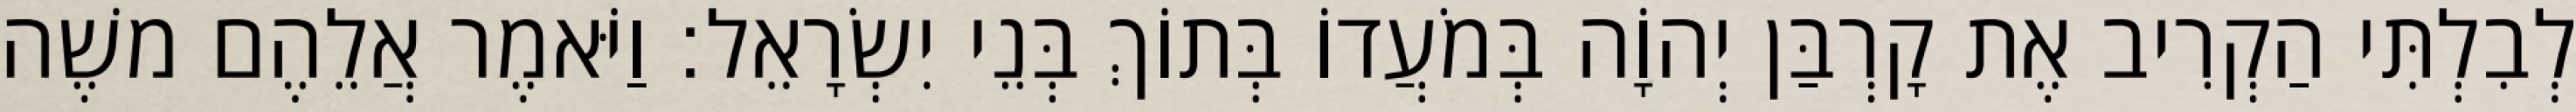
לְבִלְתִּי הַקְרִיב אֶת קָרְבַּן יְהוָֹה בְּמֹעֲדוֹ בְּתוֹךְ בְּנֵי יִשְׂרָאֵל׃ וַיֹּאמֶר אֲלֵהֶם משֶׁה